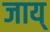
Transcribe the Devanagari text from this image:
जाय्